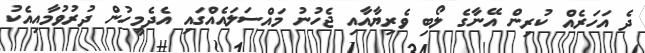
ދެ އަހަރެއް ކުރިން އޭނާގެ ލޯބި ވެރިޔާއާއި ޖެހުނު މައްސަލައެއްގައި އެދެމީހުން ދުރުވުމާއިއެކު